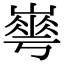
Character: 𡼙